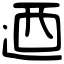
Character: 迺